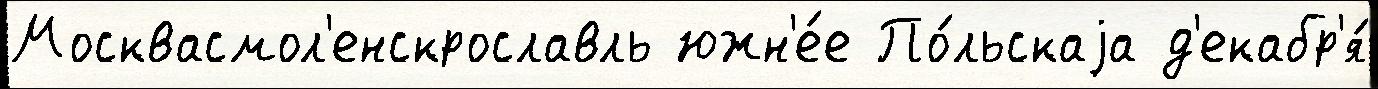
Москвасмол'енскрославль южн'е́е По́льскаjа д'екабр'я́